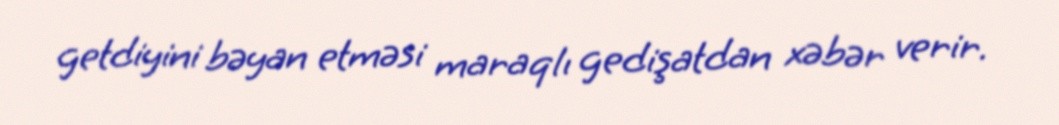
getdiyini bəyan etməsi maraqlı gedişatdan xəbər verir.